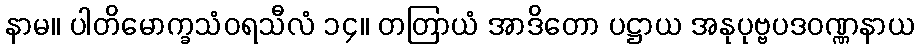
နာမ။ ပါတိမောက္ခသံဝရသီလံ ၁၄။ တတြာယံ အာဒိတော ပဋ္ဌာယ အနုပုဗ္ဗပဒဝဏ္ဏနာယ